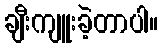
ချီးကျူးခဲ့တာပါ။